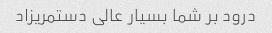
درود بر شما بسیار عالی دستمریزاد